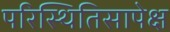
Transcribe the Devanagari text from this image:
परिस्थितिसापेक्ष